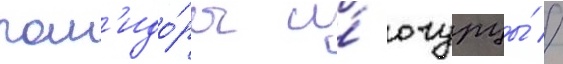
пом'идо́ры и́ огурцы́ //